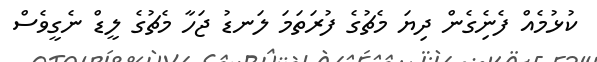
ކުޅުމެއް ފެނެިގެން ދިޔަ މެޗުގެ ފުރަތަމަ ލަނޑު ޖަހާ މެޗުގެ ލީޑް ނެގީވެސް